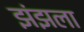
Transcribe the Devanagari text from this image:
झंझला